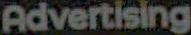
Advertising